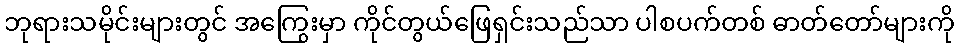
ဘုရားသမိုင်းများတွင် အကြွေးမှာ ကိုင်တွယ်ဖြေရှင်းသည်သာ ပါစပက်တစ် ဓာတ်တော်များကို